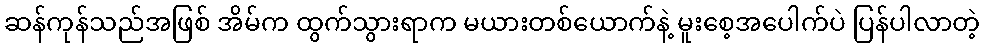
ဆန်ကုန်သည်အဖြစ် အိမ်က ထွက်သွားရာက မယားတစ်ယောက်နဲ့ မူးစေ့အပေါက်ပဲ ပြန်ပါလာတဲ့